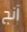
آنج